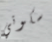
سكوتي